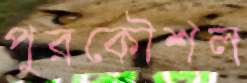
পুরকৌশল